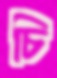
চি